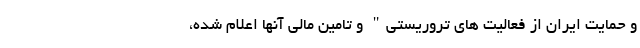
و حمایت ایران از فعالیت های تروریستی" و تامین مالی آنها اعلام شده،